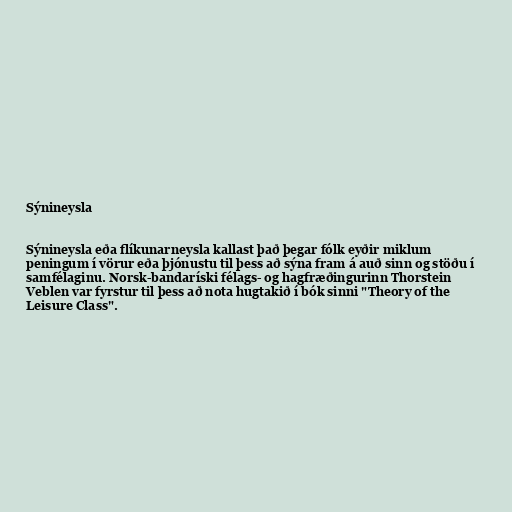
Sýnineysla

Sýnineysla eða flíkunarneysla kallast það þegar fólk eyðir miklum
peningum í vörur eða þjónustu til þess að sýna fram á auð sinn og stöðu í
samfélaginu. Norsk-bandaríski félags- og hagfræðingurinn Thorstein
Veblen var fyrstur til þess að nota hugtakið í bók sinni "Theory of the
Leisure Class".